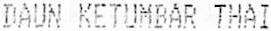
DAUN KETUMBAR THAI